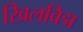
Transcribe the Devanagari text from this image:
खिलविद्म